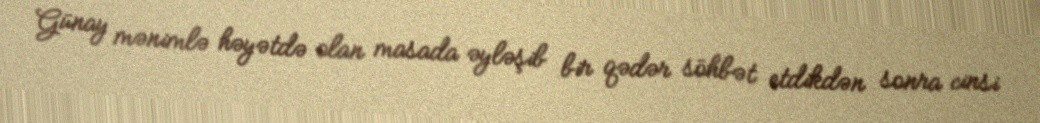
Günay mənimlə həyətdə olan masada əyləşib bir qədər söhbət etdikdən sonra cinsi